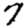
Digit: 7